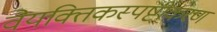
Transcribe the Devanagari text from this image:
वैयक्तिकस्पष्टीकरण